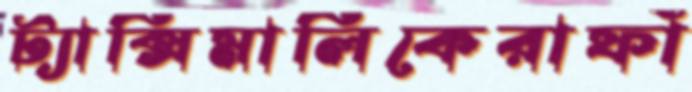
ট্যাক্সিমালিকেরাফাঁ